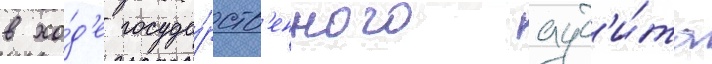
в хо́д'е госуда́рств'енного ауд'и́та